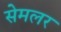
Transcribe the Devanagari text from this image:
सेमलर